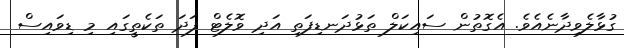
ގުޅާލެވިދާނެއެވެ. އެގޮތުން ސައިކަލް ތަޅުދަނޑިފަތި އަދި ވޮލެޓް ފަދަ ތަކެތީގައި މި ޑިވައިސް